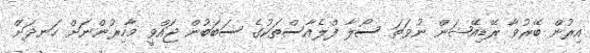
އިރުން ބޭރުވާ ރޭޑިއޭޝަން ނުވަތަ ސޯލާ ފްލެއާސްތަކުގެ ސަބަބުން ޖައްވީ މާހިރުންނަށް ހަނދަށް